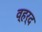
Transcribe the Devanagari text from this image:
व्हर्द